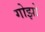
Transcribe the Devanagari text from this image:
गोझो